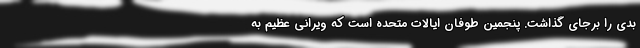
بدی را برجای گذاشت. پنجمین طوفان ایالات متحده است که ویرانی عظیم به